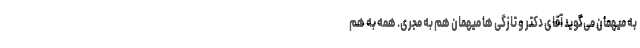
به میهمان می‌گوید آقای دکتر و تازگی ها میهمان هم به مجری. همه به هم